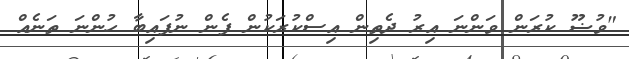
"ވުޟޫ ކުރަން ވަންނަ އިރު ދެތިން އިސްކުރަކުން ފެން ނުފައިބާ ހުންނަ ތަނެއް